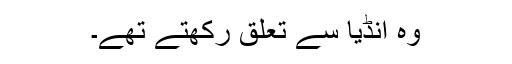
وہ انڈیا سے تعلق رکھتے تھے۔